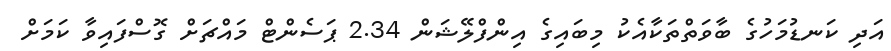
އަދި ކަނޑުމަހުގެ ބާވަތްތަކާއެކު މިބައިގެ އިންފްލޭޝަން 2.34 ޕަސެންޓް މައްޗަށް ގޮސްފައިވާ ކަމަށް